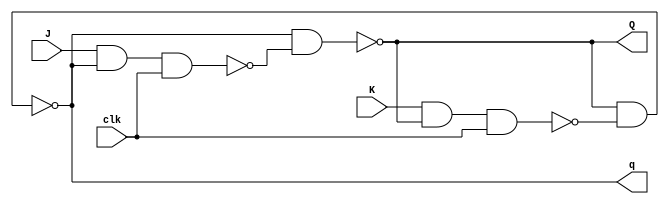



module JKFF(Q,q,J,K,clk);//jkflip-flop
input J,K,clk;
output Q,q;
wire w_s,w_r;

nand n1(w_s,J,q,clk);
nand n2(w_r,K,Q,clk);
nand ns(Q,q,w_s);
nand nr(q,Q,w_r);
endmodule

module MUX(O,A,B,S);
input A,B,S;
output O;

wire w0,w1,w2;
not n1(w0,S);
and a1(w1,A,w0);
and a2(w2,B,S);
or o1(O,w1,w2);
endmodule

module counter(count,clk,updown,rst);//5b updown

input clk,updown,rst;
output [4:0]count;
wire ud_,nrst;
wire w0,w1,w2,w3,w4,w5,w6,w7,w8,w9,w10,w11,w12,w13,w14,w15,w16,w17,w18,w19,w20,w21;


JKFF jk0(.Q(count[0]),.q(q0),.J(w20),.K(w21),.clk(clk));
JKFF jk1(.Q(count[1]),.q(q1),.J(w16),.K(w12),.clk(clk));
JKFF jk2(.Q(count[2]),.q(q2),.J(w17),.K(w13),.clk(clk));
JKFF jk3(.Q(count[3]),.q(q3),.J(w18),.K(w14),.clk(clk));
JKFF jk4(.Q(count[4]),.q(q4),.J(w19),.K(w15),.clk(clk));

not updown_(ud_,updown);
and Q_0(w0,q0,ud_);
and Q_1(w1,w0,q1);
and Q_2(w2,w1,q2);
and Q_3(w3,w2,q3);

and Q0(w4,count[0],updown);
and Q1(w5,count[1],w4);
and Q2(w6,count[2],w5);
and Q3(w7,count[3],w6);

or o0(w8,w0,w4);
or o1(w9,w1,w5);
or o2(w10,w2,w6);
or o3(w11,w3,w7);

not reset_(nrst,rst);



MUX m0k(w12,w8,rst,rst);
MUX m1k(w13,w9,rst,rst);
MUX m2k(w14,w10,rst,rst);
MUX m3k(w15,w11,rst,rst);

MUX m0j(w16,w8,nrst,rst);
MUX m1j(w17,w9,nrst,rst);
MUX m2j(w18,w10,nrst,rst);
MUX m3j(w19,w11,nrst,rst);

MUX msj(w20,nrst,nrst,rst);
MUX msk(w21,nrst,rst,rst);
endmodule